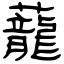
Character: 蘢